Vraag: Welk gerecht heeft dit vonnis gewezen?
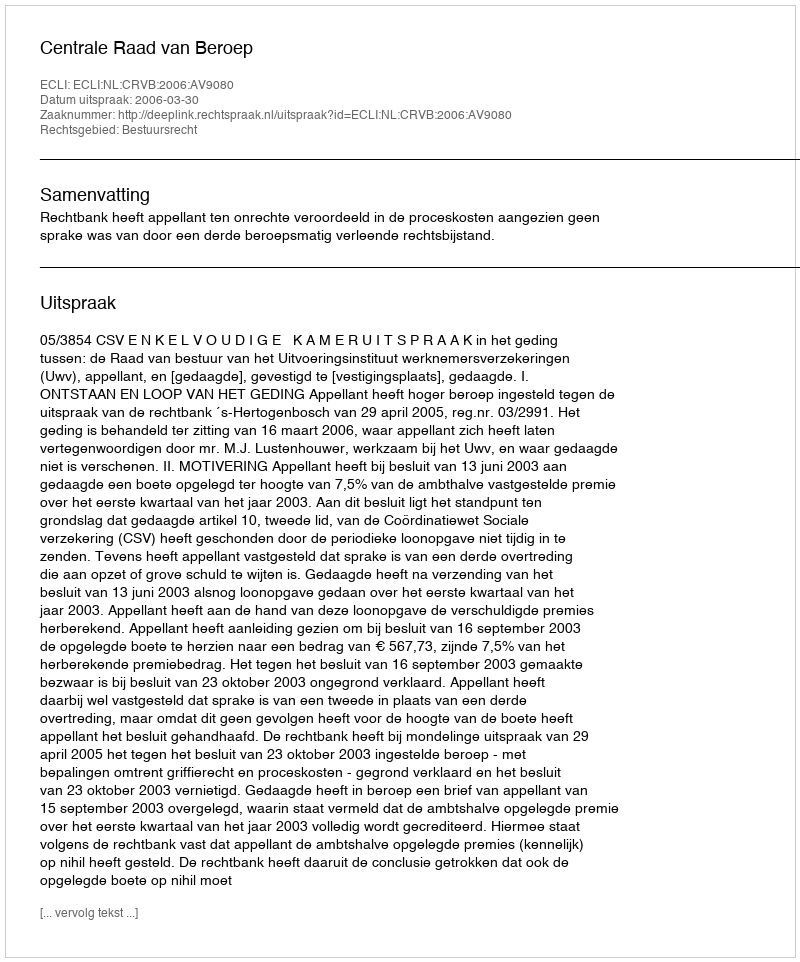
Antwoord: Centrale Raad van Beroep